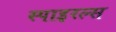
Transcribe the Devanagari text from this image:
स्पाइरल्स